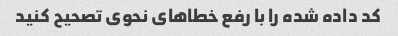
کد داده شده را با رفع خطاهای نحوی تصحیح کنید